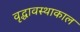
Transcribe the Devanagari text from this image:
वृद्धावस्थाकाल